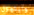
وايتهول